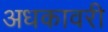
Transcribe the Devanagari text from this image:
अधकावरी